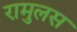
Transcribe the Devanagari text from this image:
रामुलस